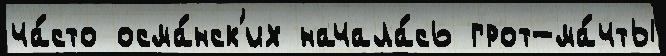
ча́сто осма́нск'их начала́сь грот-ма́чты